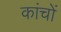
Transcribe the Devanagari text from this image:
कांचों